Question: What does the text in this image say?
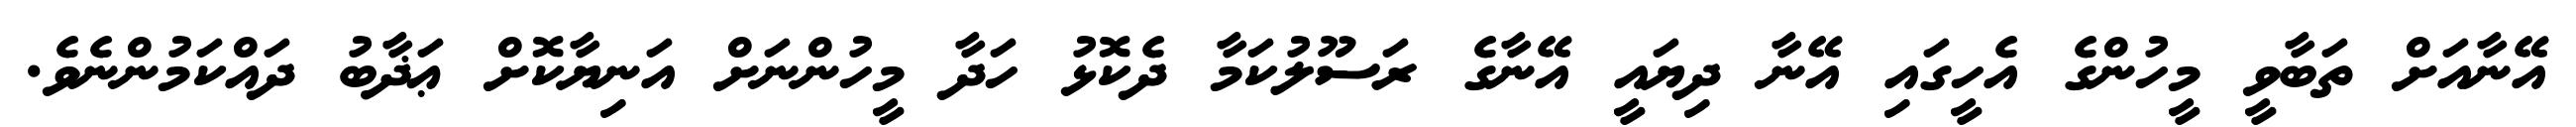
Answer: އޭނާއަށް ތަބާވީ މީހުންގެ އެހީގައި އޭނާ ދިޔައީ އޭނާގެ ރަސޫލުކަމާ ދެކޮޅު ހަދާ މީހުންނަށް އަނިޔާކޮށް ޢަޛާބު ދައްކަމުންނެވެ.